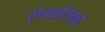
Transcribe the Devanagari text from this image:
रोपवाटिकांचे